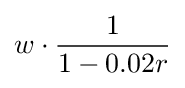
w\cdot {\frac {1}{1-0.02r}}